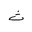
Letter: _tha